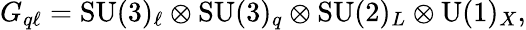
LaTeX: G_{q\ell}=\mathrm{SU}(3)_{\ell}\otimes\mathrm{SU}(3)_{q}\otimes\mathrm{SU}(2)_{L}\otimes\mathrm{U}(1)_{X},